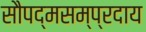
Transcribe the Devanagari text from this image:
सौपद्मसम्प्रदाय